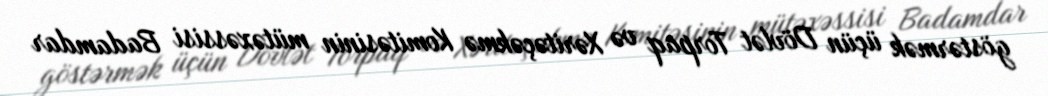
göstərmək üçün Dövlət Torpaq və Xəritəçəkmə Komitəsinin mütəxəssisi Badamdar